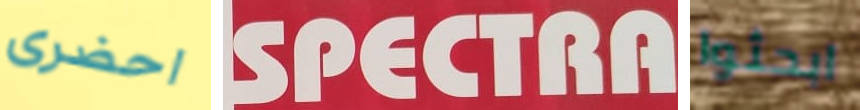
احضرى SPECTRA ابحثوا